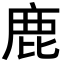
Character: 鹿